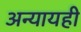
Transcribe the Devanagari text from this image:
अन्यायही